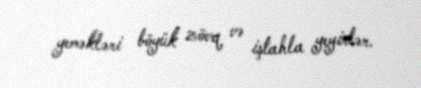
yeməkləri böyük zövq və iştahla yeyirlər.